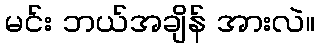
မင်း ဘယ်အချိန် အားလဲ။